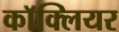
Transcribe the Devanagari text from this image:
काॅक्लियर